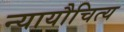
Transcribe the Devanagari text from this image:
न्यायौचित्य